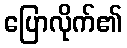
ပြောလိုက်၏